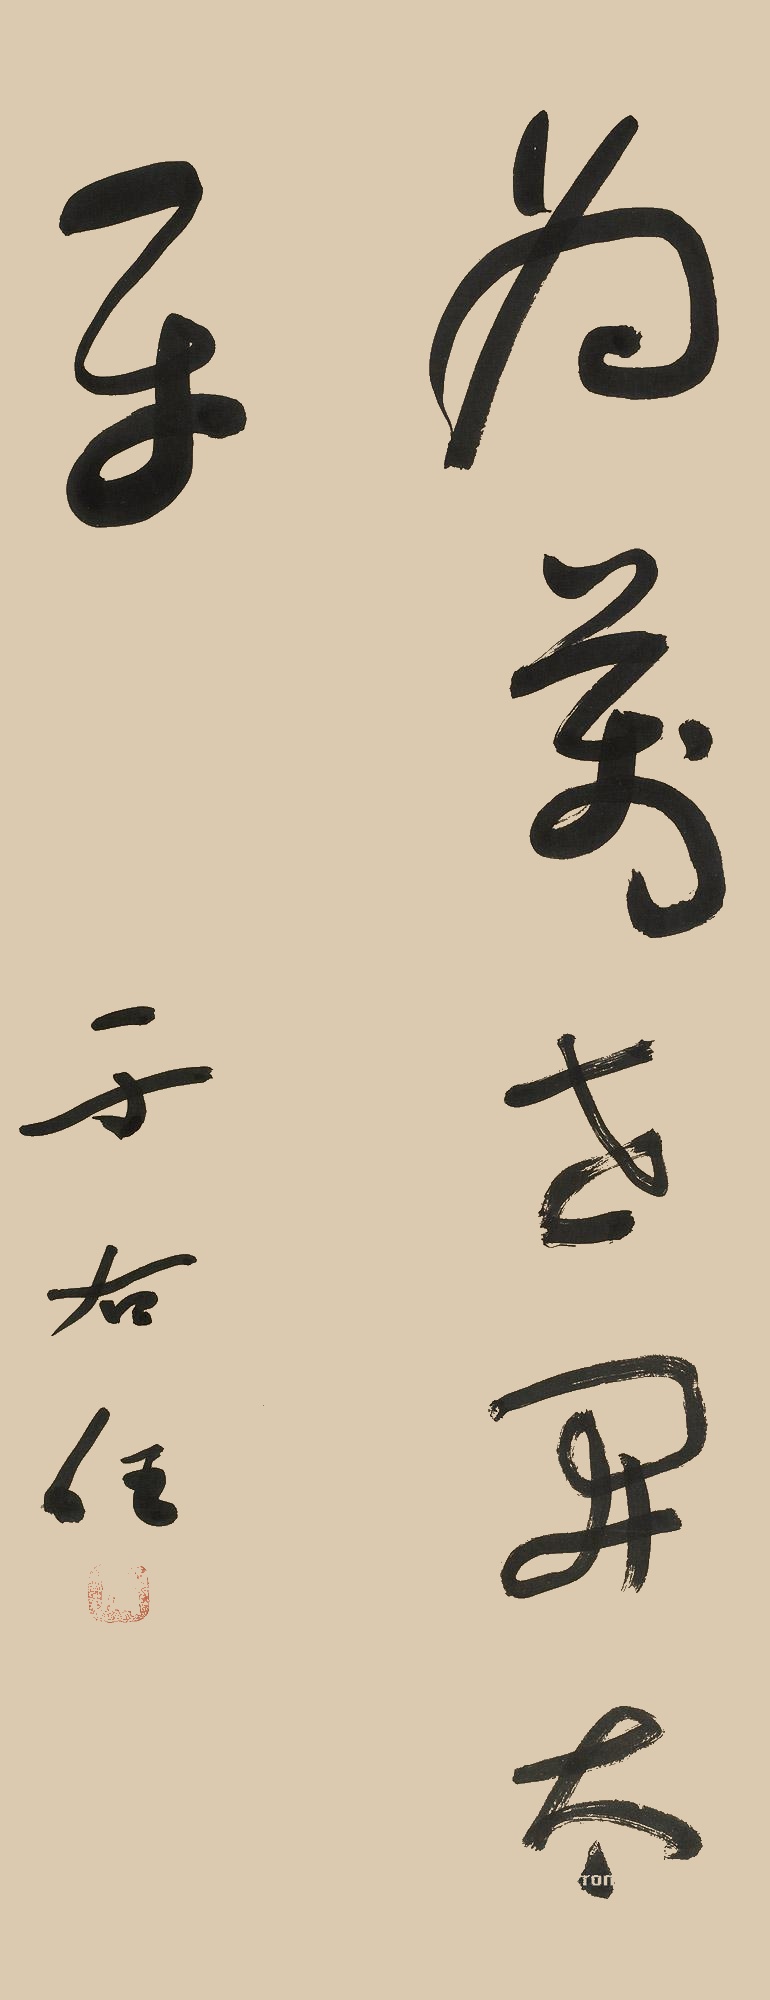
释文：为万世开太平。于右任。